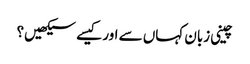
چینی زبان کہاں سے اور کیسے سیکھیں؟